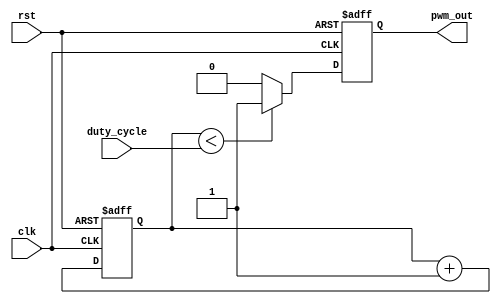
// Basic PWM generator with a variable duty cycle input
// Used for presentation and adapted for sine and trinagle waves
// Not used on FPGA

module pwm_generator #(
    parameter integer PWM_RESOLUTION = 8 // default 8 bit
)(
    input wire clk,
    input wire rst,
    input wire [PWM_RESOLUTION-1:0] duty_cycle, // duty cycle input (0 to 2^PWM_RESOLUTION-1)
    output reg pwm_out
);

    reg [PWM_RESOLUTION-1:0] counter;    // Counter for generating PWM signal

    always @(posedge clk or posedge rst) begin
        if (rst) begin
            // Reset the counter and PWM output on reset
            counter <= 0;
            pwm_out <= 0;
        end else begin
            // Increment the counter on every clock cycle
            counter <= counter + 1'b1;

            // Generate the PWM signal based on the duty cycle
            pwm_out <= (counter < duty_cycle) ? 1'b1 : 1'b0;
        end
    end

endmodule